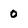
Character: 0